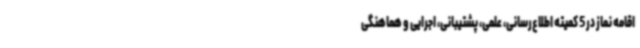
اقامه نماز در 5 کمیته اطلاع‌رسانی، علمی، پشتیبانی، اجرایی و هماهنگی